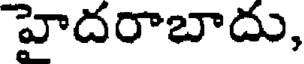
హైదరాబాదు,